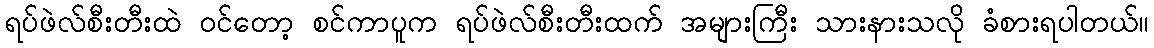
ရပ်ဖဲလ်စီးတီးထဲ ဝင်တော့ စင်ကာပူက ရပ်ဖဲလ်စီးတီးထက် အများကြီး သားနားသလို ခံစားရပါတယ်။